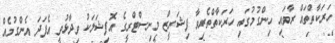
ހަރަކާތްތައް ރާވައި ހިންގުމުގައި ހަރަކާތްތެރިވާ ފިޝަރީޒް މިނިސްޓްރީގެ އޮފިޝަލަކު ވިދާޅުވީ އެފަދަ އެންގުމެއް